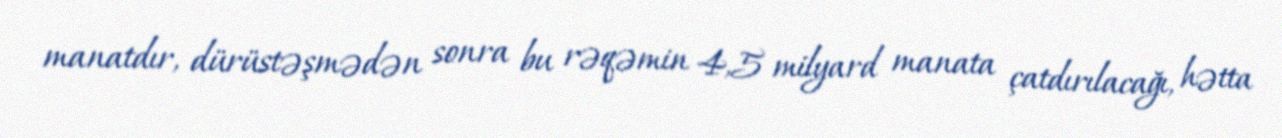
manatdır, dürüstəşmədən sonra bu rəqəmin 4,5 milyard manata çatdırılacağı, hətta